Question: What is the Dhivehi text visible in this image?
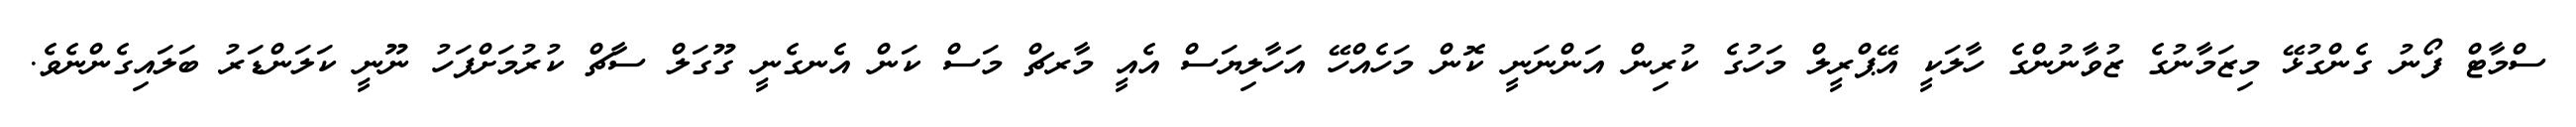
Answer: ސްމާޓް ފޯނު ގެންގުޅޭ މިޒަމާނުގެ ޒުވާނުންގެ ހާލަކީ އޭޕްރީލް މަހުގެ ކުރިން އަންނަނީ ކޮން މަހެއްހޭ އަހާލިޔަސް އެއީ މާރޗް މަސް ކަން އެނގެނީ ގޫގަލް ސާޗް ކުރުމަށްފަހު ނޫނީ ކަލަންޑަރު ބަލައިގެންނެވެ.